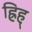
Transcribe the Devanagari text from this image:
ह्रिह्